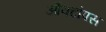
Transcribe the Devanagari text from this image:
औक्टोपस